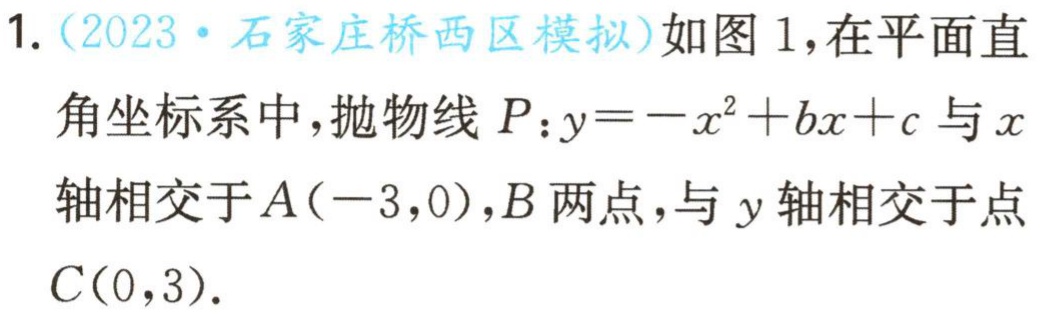
1.（2023·石家庄桥西区模拟）如图1，在平面直角坐标系中，抛物线\(P:y = -x^{2}+bx + c\)与\(x\)轴相交于\(A(-3,0)\)，\(B\)两点，与\(y\)轴相交于点\(C(0,3)\).